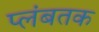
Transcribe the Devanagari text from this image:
प्लंबतक